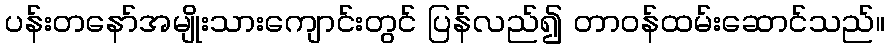
ပန်းတနော်အမျိုးသားကျောင်းတွင် ပြန်လည်၍ တာဝန်ထမ်းဆောင်သည်။